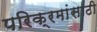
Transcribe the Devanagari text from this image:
परिक्रमांसाठी